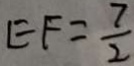
E F = \frac { 7 } { 2 }